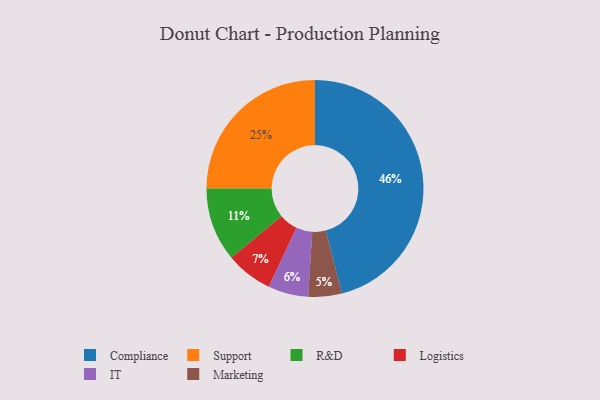
{"axis": {"x": "Category", "y": "Percentage"}, "legend": ["Compliance", "IT", "Logistics", "Marketing", "R&D", "Support"], "data": [{"x": "Compliance", "y": 46, "type": "Compliance"}, {"x": "Logistics", "y": 7, "type": "Logistics"}, {"x": "R&D", "y": 11, "type": "R&D"}, {"x": "Marketing", "y": 5, "type": "Marketing"}, {"x": "Support", "y": 25, "type": "Support"}, {"x": "IT", "y": 6, "type": "IT"}]}